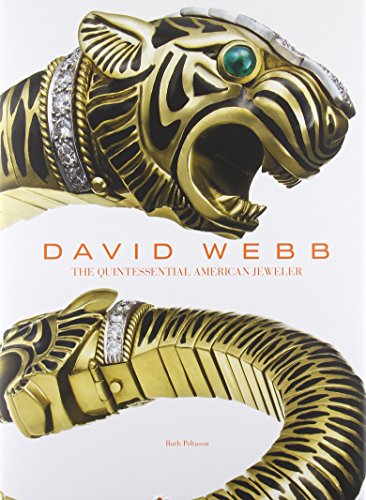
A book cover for David Webb, The Quintessential American Jeweler; Ruth Peltason; Arts & Photography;